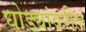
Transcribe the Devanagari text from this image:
घोड्यांवरील